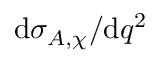
\mathrm { d } \sigma _ { A , \chi } / \mathrm { d } q ^ { 2 }